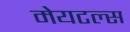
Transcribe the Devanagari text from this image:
मेयटल्स